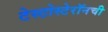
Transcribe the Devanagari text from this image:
टेस्टोस्टेरॉनची